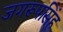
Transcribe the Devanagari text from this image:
जगरूपसिंह